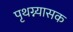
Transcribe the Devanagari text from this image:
पृथग्न्यासक